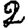
Digit: 2